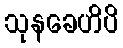
သုနခေဟိပိ